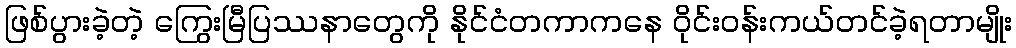
ဖြစ်ပွားခဲ့တဲ့ ကြွေးမြီပြဿနာတွေကို နိုင်ငံတကာကနေ ဝိုင်းဝန်းကယ်တင်ခဲ့ရတာမျိုး